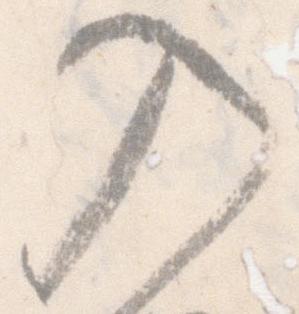
入